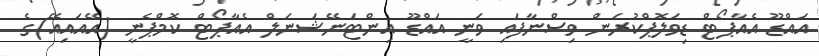
އައްޑޫ އެއާޕޯޓް ޑިވަލޮޕްކުރަން ވިސްނާފައި ވަނީ އައްޑޫ އިންޓަނޭޝަނަލް އެއާޕޯޓް ކޮމްޕެނީ (އޭއައިއޭ)ގެ